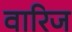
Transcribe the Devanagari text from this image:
वारिज